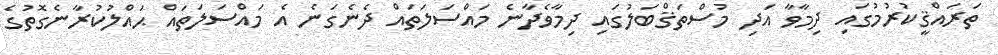
ތަރައްޤީކުރުމުގައި ދިމާވާ އަދި މުސްތަޤްބަލުގައި ދިމާވެދާނެ މައްސަލަތައް ދެނެގަނެ އެ މައްސަލަތައް ޙައްލުކުރާނެގޮތުގެ